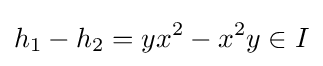
h_{1}-h_{2}=yx^{2}-x^{2}y\in I